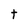
Character: t